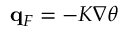
\mathbf { q } _ { F } = - K \nabla \theta